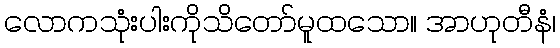
လောကသုံးပါးကိုသိတော်မူထသော။ အာဟုတီနံ၊